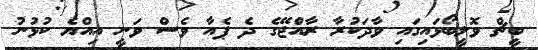
ބީޗް ވޮލީބޯޅައިގައި ވާދަކުރާ ރާއްޖޭގެ ދެ ޕެއާ ވެސް ވަނީ އިއްޔެ ކުޅުނު